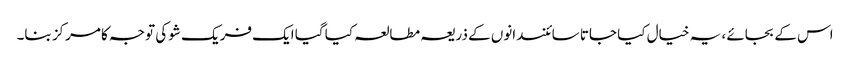
اس کے بجائے ، یہ خیال کیا جاتا سائنسدانوں کے ذریعہ مطالعہ کیا گیا ایک فریک شو کی توجہ کا مرکز بنا۔